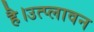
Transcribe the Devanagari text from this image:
है।उत्प्लावन